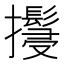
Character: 𢹚